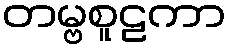
တမ္ဗစူဠကာ